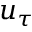
u _ { \tau }